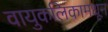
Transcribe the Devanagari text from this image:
वायुकलिकामधून